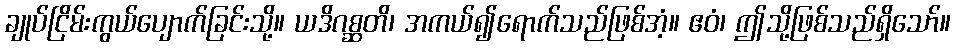
ချုပ်ငြိမ်းကွယ်ပျောက်ခြင်းသို့။ ယဒိဂစ္ဆတိ၊ အကယ်၍ရောက်သည်ဖြစ်အံ့။ ဧဝံ၊ ဤသို့ဖြစ်သည်ရှိသော်။